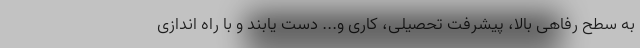
به سطح رفاهی بالا، پیشرفت تحصیلی، کاری و... دست یابند و با راه اندازی